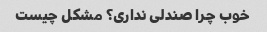
خوب چرا صندلی نداری؟ مشکل چیست